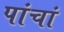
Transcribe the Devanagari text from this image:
पांचां